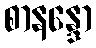
စာနန္ဒော